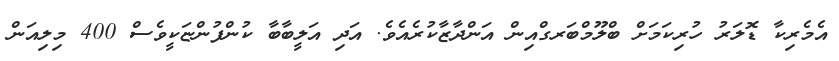
އެމެރިކާ ޑޮލަރު ހުރިކަމަށް ބްލޫމްބަރގްއިން އަންދާޒާކުރެއެވެ. އަދި އަލީބާބާ ކުންފުންޏަކީވެސް 400 މިލިއަން